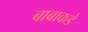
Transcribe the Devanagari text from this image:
बाबाकडे